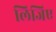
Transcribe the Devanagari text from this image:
लिजिए